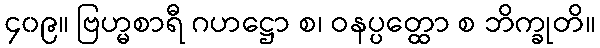
၄၀၉။ ဗြဟ္မစာရီ ဂဟဋ္ဌော စ၊ ဝနပ္ပတ္ထော စ ဘိက္ခုတိ။